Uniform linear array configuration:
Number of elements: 4
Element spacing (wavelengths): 1
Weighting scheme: hann
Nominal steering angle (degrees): -45
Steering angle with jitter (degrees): -43.726
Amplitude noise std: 0.05
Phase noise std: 0.05

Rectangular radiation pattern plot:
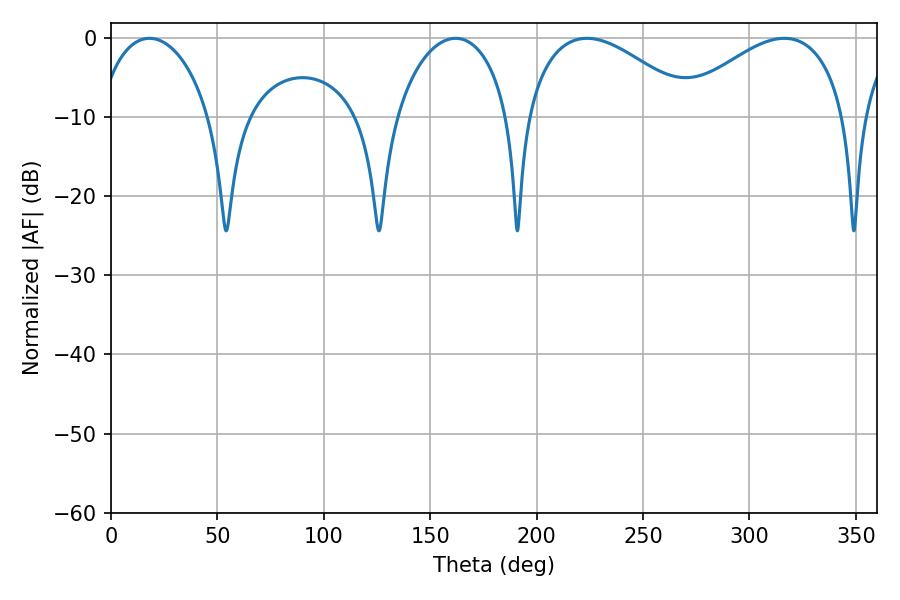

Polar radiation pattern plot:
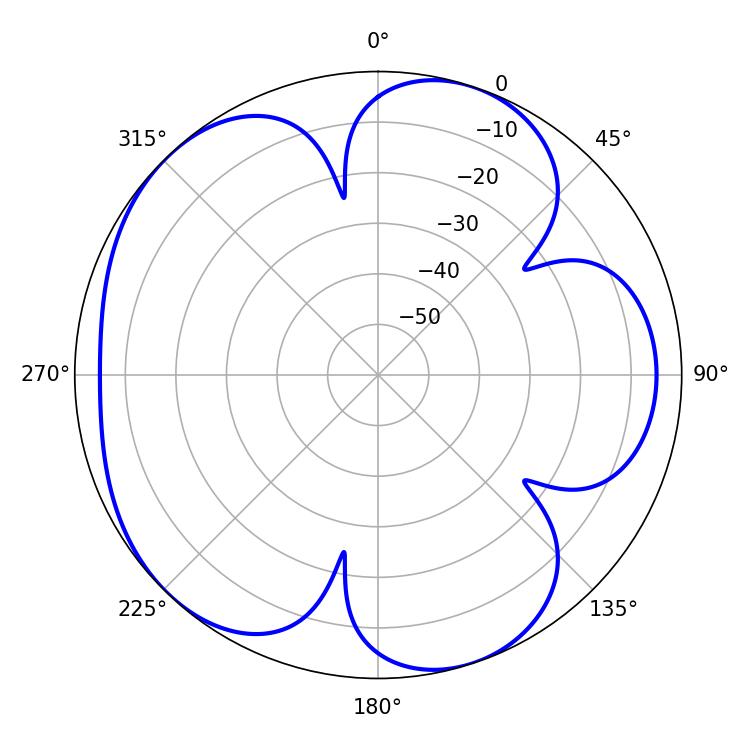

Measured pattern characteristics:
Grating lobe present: TRUE
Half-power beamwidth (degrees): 43.92
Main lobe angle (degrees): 223.56